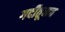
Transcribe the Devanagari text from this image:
गर्दीतूनच